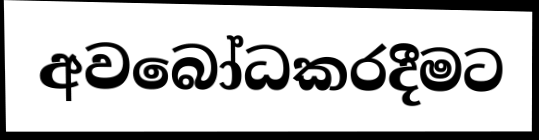
අවබෝධකරදීමට